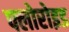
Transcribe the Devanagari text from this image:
फ्लोरोइड